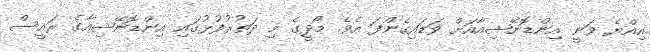
އިއްޔެ ވަނީ އިންޑޮނޭޝިއާއަށް ވަޑައިގެންފަ އެވެ. މޯދީގެ މި ދަތުރުފުޅުގައި އިންޑޮނޭޝިއާގެ ރައީސް